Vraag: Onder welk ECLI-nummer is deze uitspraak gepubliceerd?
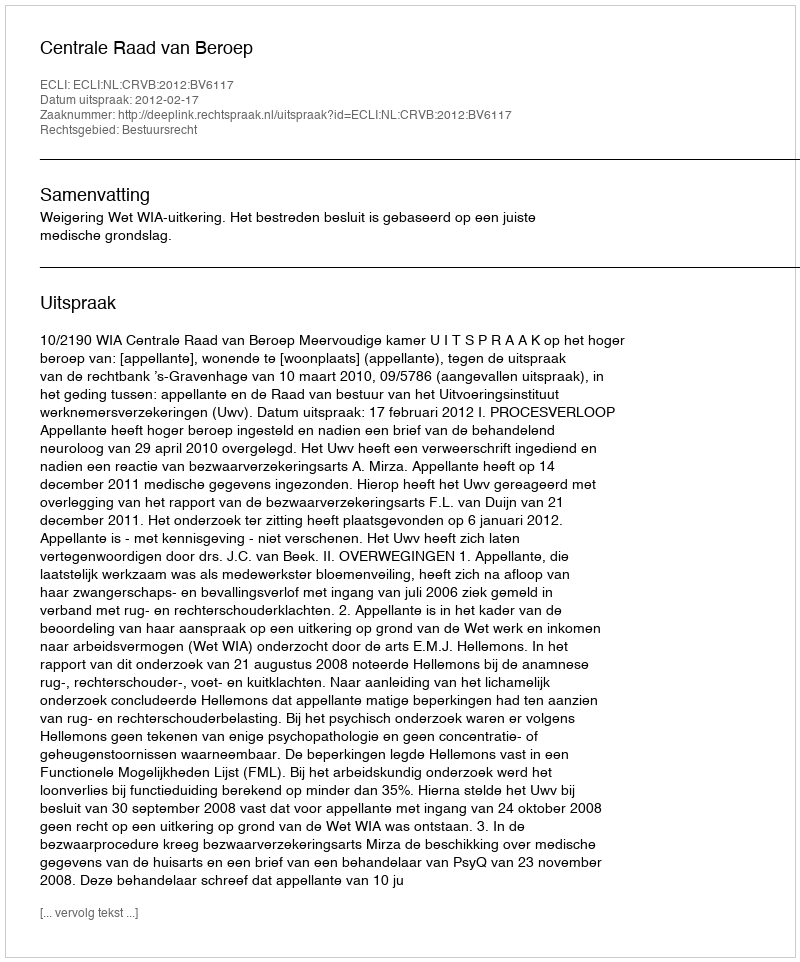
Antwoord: ECLI:NL:CRVB:2012:BV6117